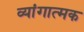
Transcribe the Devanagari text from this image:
व्यांगात्मक